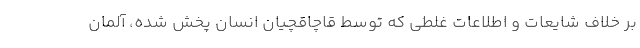
بر خلاف شایعات و اطلاعات غلطی که توسط قاچاقچیان انسان پخش شده، آلمان